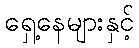
ရှေ့နေများနှင့်